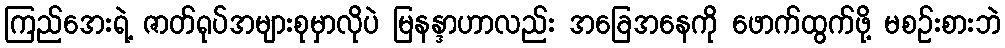
ကြည်အေးရဲ့ ဇာတ်ရုပ်အများစုမှာလိုပဲ မြနန္ဒာဟာလည်း အခြေအနေကို ဖောက်ထွက်ဖို့ မစဉ်းစားဘဲ